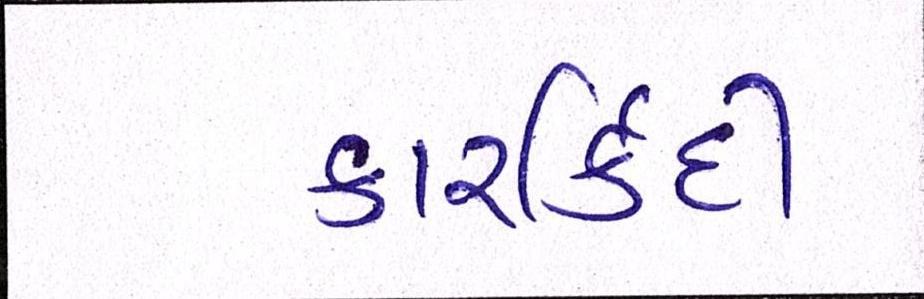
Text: કારર્કિદી